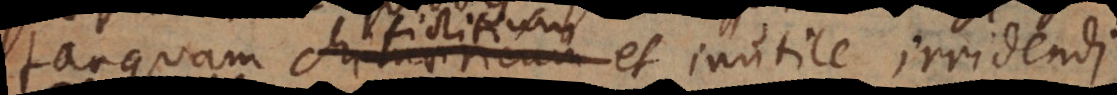
tanquam chimaericum et inutile irridendi.